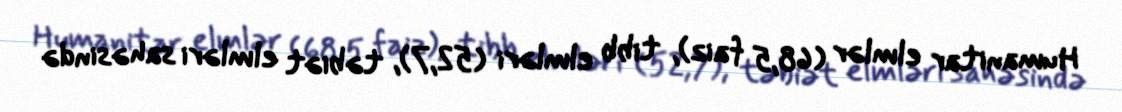
Humanitar elmlər (68,5 faiz), tibb elmləri (52,7), təbiət elmləri sahəsində